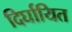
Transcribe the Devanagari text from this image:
दिर्घायित